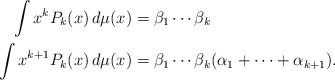
LaTeX: \begin{align*} \int x^k P_k(x) \, d\mu(x) &= \beta_1 \cdots \beta_k \\ \int x^{k + 1} P_k(x) \, d\mu(x) &= \beta_1 \cdots \beta_k (\alpha_1 + \cdots + \alpha_{k + 1}). \end{align*}